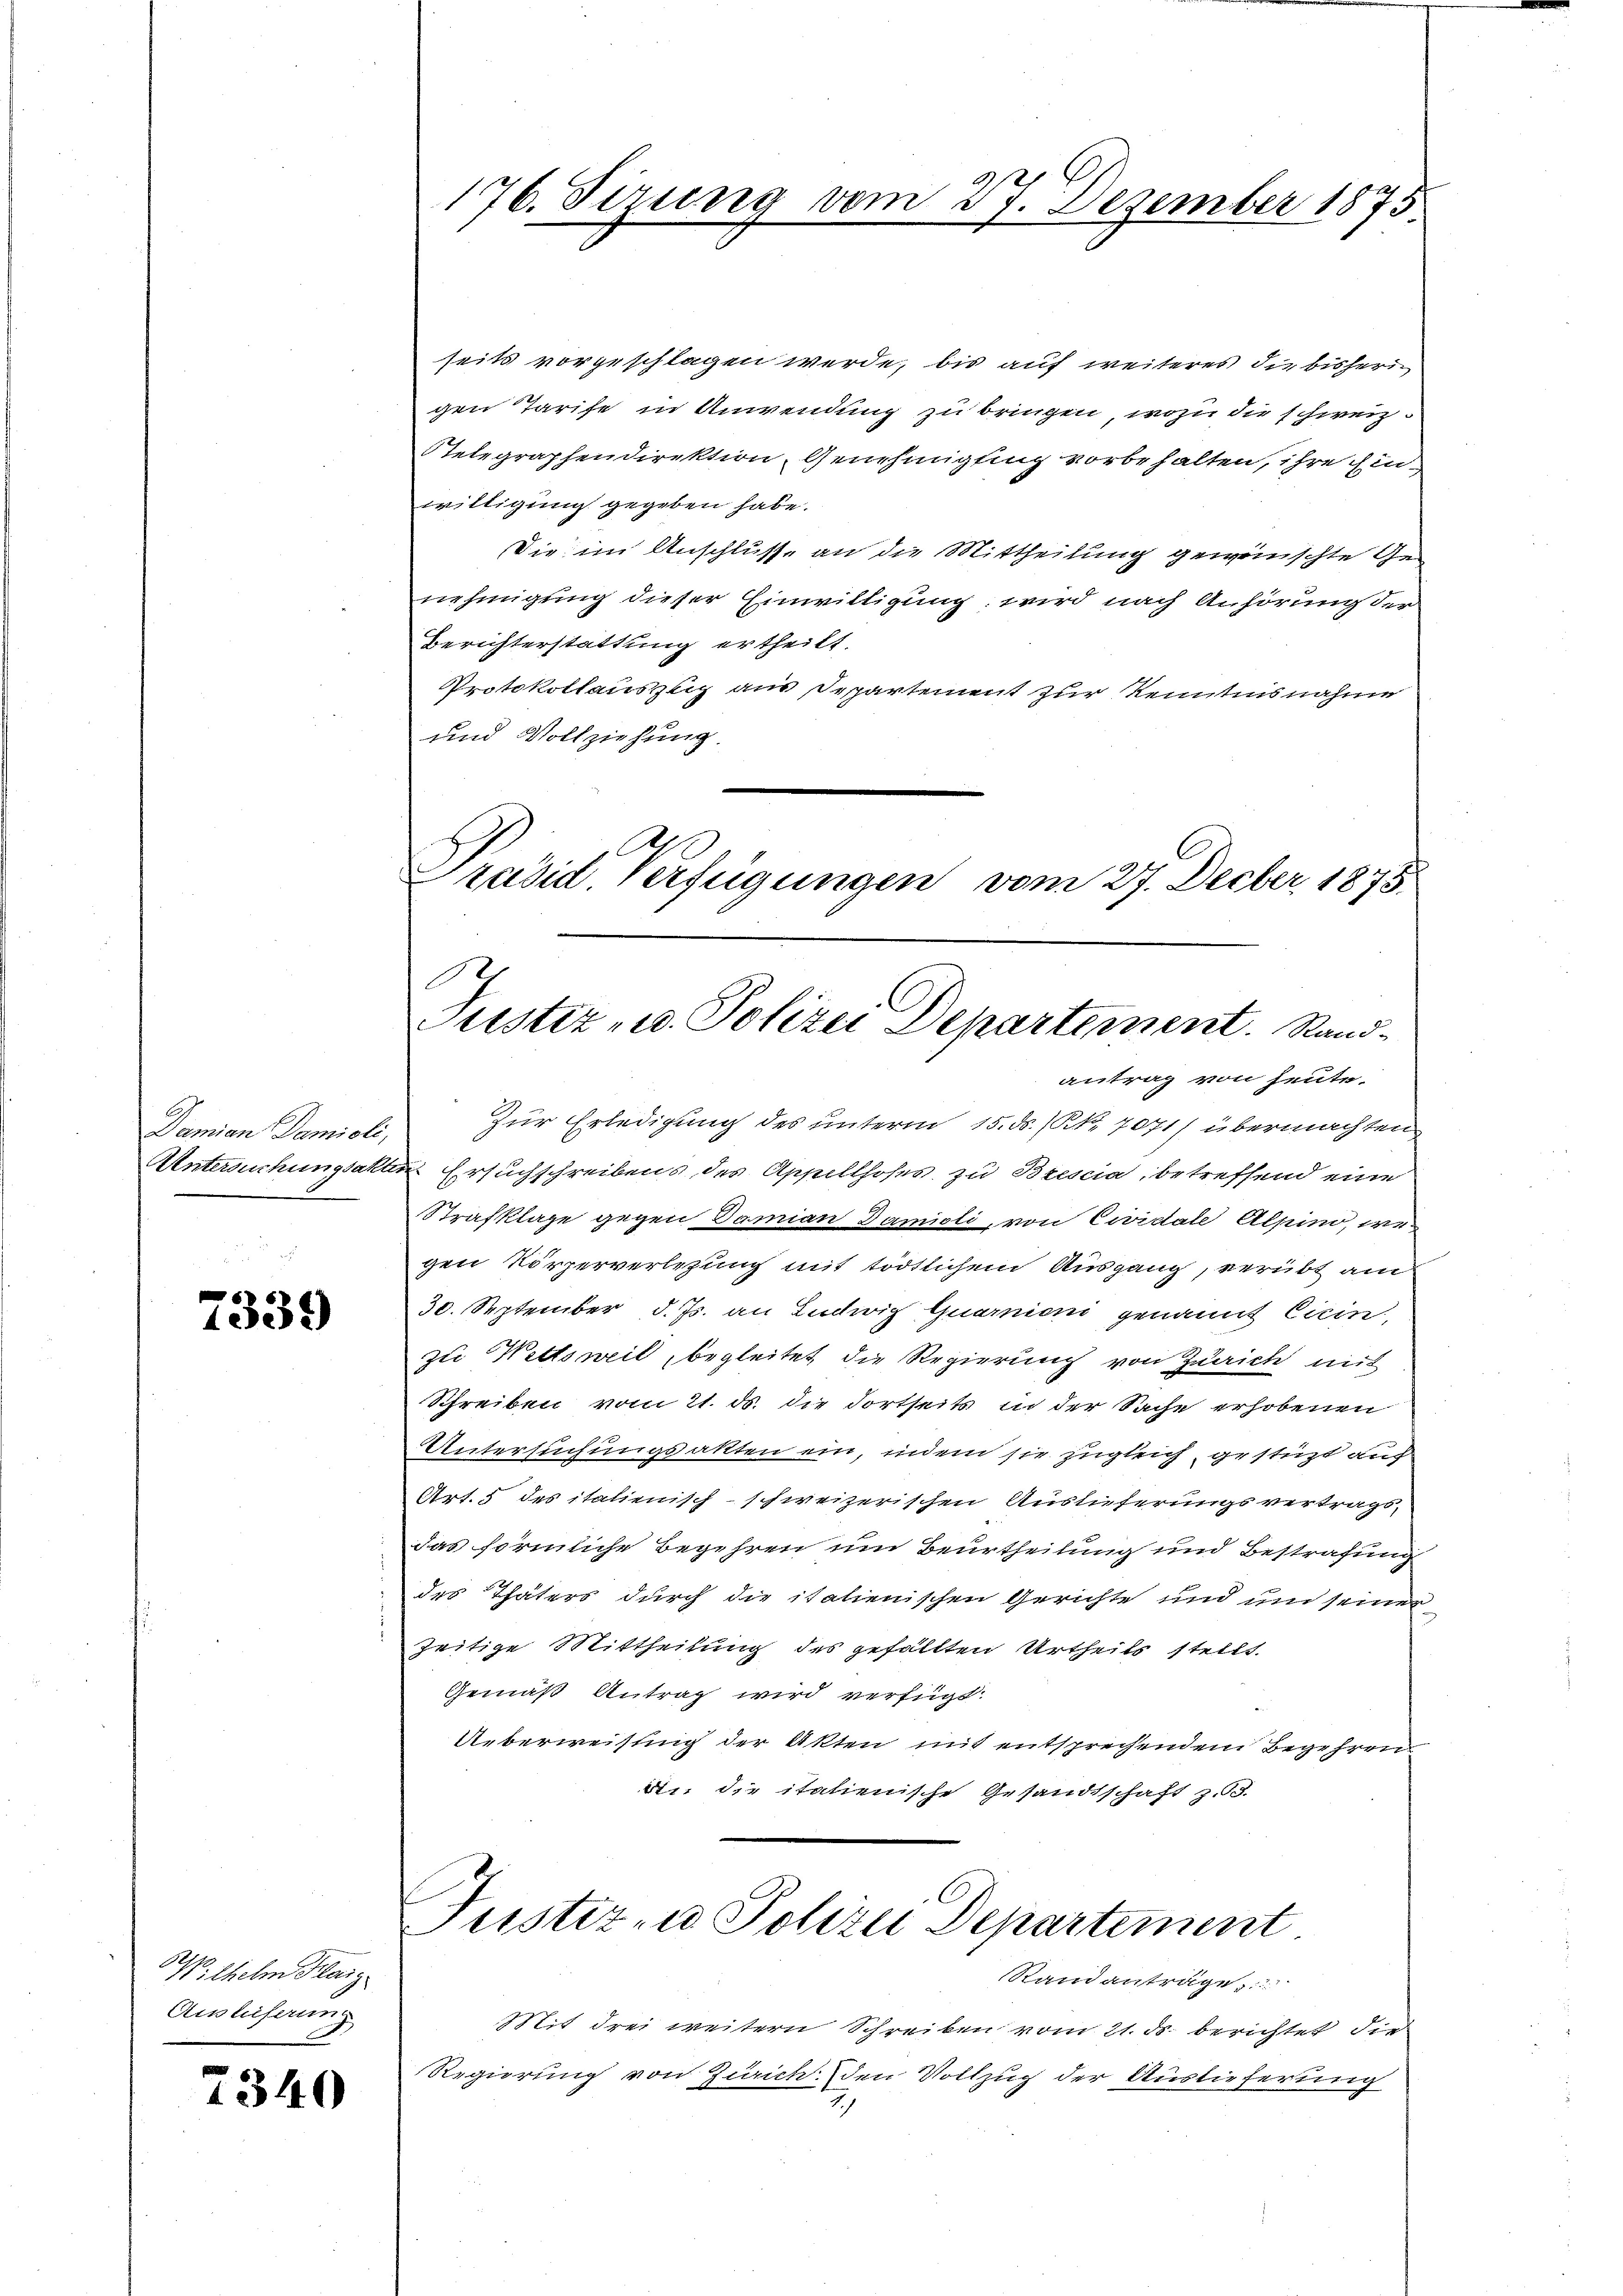
Damian Damiali,

733

64. Ehelm Flaig
Auslieferung

7340

176. Sizung vom 27. Dezember 1875.

seits vorgeschlagen werde, bis auf weiteres die bisheri
gen Tarife in Anwendung zu bringen, wozu die schweiz
Stelegraphendirektion, Genehmigung vorbehalten, ihre Einwilligung gegeben habe.
Die im Anschlusse an die Mittheilung gewünschte Genehmigung dieser Einwilligung wird nach Anhörung der
Berichterstattung ertheilt.
Protokollauszug aus Departement zur Kenntnisnahme
und Vollziehung.
C
Präsid. Verfügungen vom 27. Decber 1875.

F
Justiz- u. Polizei Departement. Sand¬

antrag von heute.
Zur Erledigung des unterm 15. ds. (Kk. 7071) übermachten
Untersuchungsakten Ersuchschreibens des Appellhofes zu Bresia, betreffend eine
Strafklage gegen Damian Damioli, von Cividale Alpino, wegen Körperverlegung mit tödtlichem Ausgang, verübt am
30. September d. Js. an Ludwig Quarnioni genannt Cirin
zu Wettsweil, begleitet die Regierung von Zürich mit
Schreiben vom 21. ds. die dortseits in der Sache erhobenen
Untersuchungsakten ein, indem sie zugleich gestüzt auch
Art. 5 des italienisch-schweizerischen Auslieferungsvertrags-
das förmliche Begehren um Beurtheilung und Bestrafung
des Thäters durch die italienischen Gerichte und und seiner
zeitige Mittheilung des gefällten Urtheils stellt.
Gemäß Antrag wird verfügt:
Ueberweisung der Akten mit entsprechendem Begehren
dn die italienische Gesandtschaft z. B.

Justizen Polizei Departement
Randanträge

Mit drei weitern Schreiben vom 21. ds. berichtet, die
Regierung von Zürich. den Vollzug der Auslieferung
7)